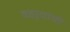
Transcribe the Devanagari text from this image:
वडार्‍यांची